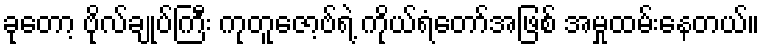
ခုတော့ ဗိုလ်ချုပ်ကြီး ကုတူဇော့ဗ်ရဲ့ ကိုယ်ရံတော်အဖြစ် အမှုထမ်းနေတယ်။